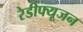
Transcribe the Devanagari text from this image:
रेडीफ्यूजन